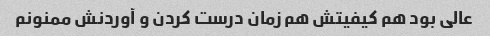
عالی بود هم کیفیتش هم زمان درست کردن و آوردنش ممنونم